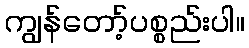
ကျွန်တော့်ပစ္စည်းပါ။